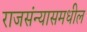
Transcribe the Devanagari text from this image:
राजसंन्यासमधील